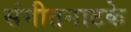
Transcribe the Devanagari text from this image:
संगीतनाटके